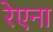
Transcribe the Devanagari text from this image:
रेएना